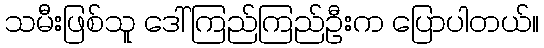
သမီးဖြစ်သူ ဒေါ်ကြည်ကြည်ဦးက ပြောပါတယ်။